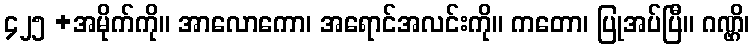
၄၂၅ +အမိုက်ကို။ အာလောကော၊ အရောင်အလင်းကို။ ကတော၊ ပြုအပ်ပြီ။ ဂဏ္ဌိ၊